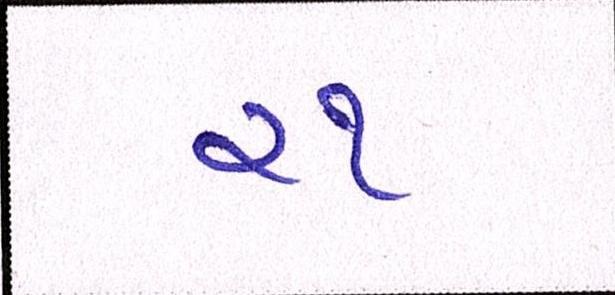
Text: ૨૧